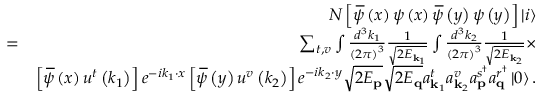
\begin{array} { r l r } & { } & { N \left[ \, \overline { { \! { \psi } } } \left( x \right) \psi \left( x \right) \, \overline { { \! { \psi } } } \left( y \right) \psi \left( y \right) \right] \left\vert i \right\rangle } \\ & { = } & { \sum _ { t , v } \int \frac { d ^ { 3 } k _ { 1 } } { \left( 2 \pi \right) ^ { 3 } } \frac { 1 } { \sqrt { 2 E _ { \mathbf { k } _ { 1 } } } } \int \frac { d ^ { 3 } k _ { 2 } } { \left( 2 \pi \right) ^ { 3 } } \frac { 1 } { \sqrt { 2 E _ { \mathbf { k } _ { 2 } } } } \times } \\ & { } & { \left[ \, \overline { { \! { \psi } } } \left( x \right) u ^ { t } \left( k _ { 1 } \right) \right] e ^ { - i k _ { 1 } \cdot x } \left[ \, \overline { { \! { \psi } } } \left( y \right) u ^ { v } \left( k _ { 2 } \right) \right] e ^ { - i k _ { 2 } \cdot y } \sqrt { 2 E _ { \mathbf { p } } } \sqrt { 2 E _ { \mathbf { q } } } a _ { \mathbf { k } _ { 1 } } ^ { t } a _ { \mathbf { k } _ { 2 } } ^ { v } a _ { \mathbf { p } } ^ { s ^ { \dagger } } a _ { \mathbf { q } } ^ { r ^ { \dagger } } \left\vert 0 \right\rangle . } \end{array}